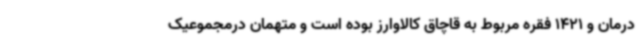
درمان و 1421 فقره مربوط به قاچاق کالاوارز بوده است و متهمان درمجموعیک